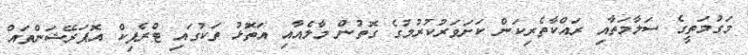
މަގުމަތީގެ ސަލާމަތާއި ރައްކާތެރިކަން ކަށަވަރުކުރުމުގެ ގޮތުން މާލެއާއި އަތޮޅު ތަކުގައި ޓްރެފިކް އޮޕަރޭޝަންތައް